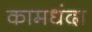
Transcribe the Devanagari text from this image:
कामधंदा